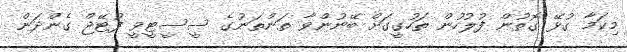
މިކަމާ ގުޅޭ ގޮތުން ފުލުހުން ތަހުގީގަށް ބޭނުންވާ ތަންތަނުގެ ސީސީޓީވީ ފުޓޭޖް ގެންދަން